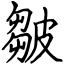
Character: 皺